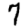
Digit: 7